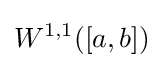
W^{1,1}([a,b])